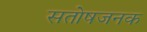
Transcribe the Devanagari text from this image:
सतोषजनक